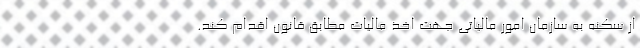
از سکنه به سازمان امور مالیاتی جهت اخذ مالیات مطابق قانون اقدام کند.